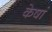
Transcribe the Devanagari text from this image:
केषां